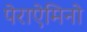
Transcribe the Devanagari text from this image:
पेराऐमिनो